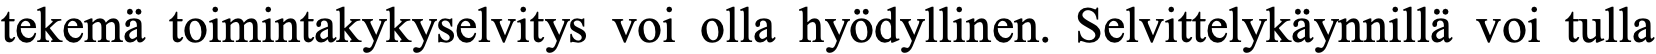
tekemä toimintakykyselvitys voi olla hyödyllinen. Selvittelykäynnillä voi tulla